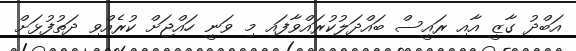
އަބްދު ގާޒީ އާއި ރައީސް ބައްދަލުކުރައްވާފައި މި ވަނީ ހައްޖަށް ކުރެއްވި ދަތުފުޅަށް